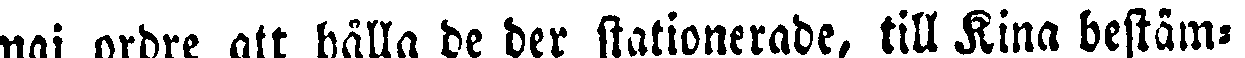
maj ordre att hålla de der stationerade, till Kina bestäm-